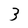
Character: 3